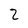
Character: 2